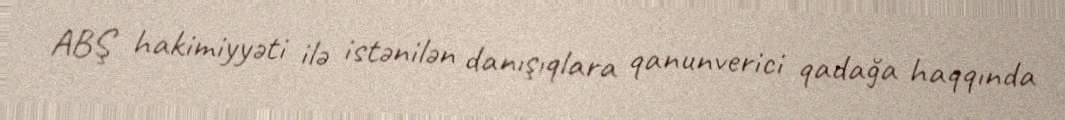
ABŞ hakimiyyəti ilə istənilən danışıqlara qanunverici qadağa haqqında